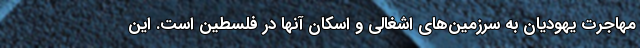
مهاجرت یهودیان به سرزمین‌های اشغالی و اسکان آنها در فلسطین است. این